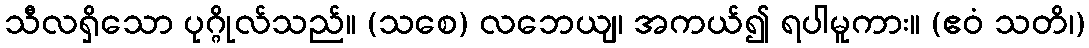
သီလရှိသော ပုဂ္ဂိုလ်သည်။ (သစေ) လဘေယျ၊ အကယ်၍ ရပါမူကား။ (ဧဝံ သတိ၊)